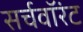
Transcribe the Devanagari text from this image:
सर्चवॉरंट